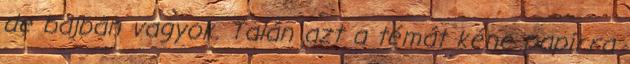
de bajban vagyok. Talán azt a témát kéne papírra